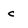
Character: c